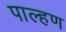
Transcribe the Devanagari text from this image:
पाल्हण